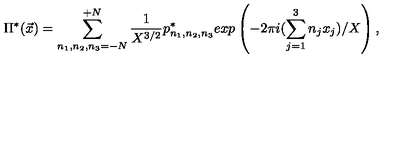
\Pi ^ { * } ( { \vec { x } } ) = \sum _ { n _ { 1 } , n _ { 2 } , n _ { 3 } = - N } ^ { + N } \frac { 1 } { X ^ { 3 / 2 } } p _ { n _ { 1 } , n _ { 2 } , n _ { 3 } } ^ { * } e x p \left( - 2 \pi i ( \sum _ { j = 1 } ^ { 3 } n _ { j } x _ { j } ) / X \right) ,